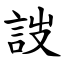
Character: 詜